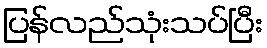
ပြန်လည်သုံးသပ်ပြီး